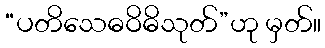
“ပတိသေဓဝိဓိသုတ်”ဟု မှတ်။